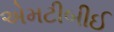
એમટીબીઈ